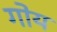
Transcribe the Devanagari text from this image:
गोय